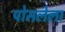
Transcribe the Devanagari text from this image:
पोसलेला